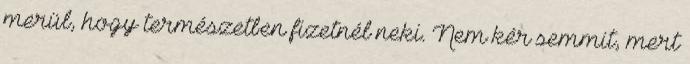
merül, hogy természetben fizetnél neki. Nem kér semmit, mert